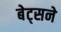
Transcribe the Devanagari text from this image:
बेट्सने